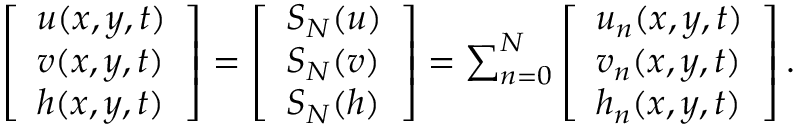
\begin{array} { r } { \left[ \begin{array} { l } { u ( x , y , t ) } \\ { v ( x , y , t ) } \\ { h ( x , y , t ) } \end{array} \right] = \left[ \begin{array} { l } { S _ { N } ( u ) } \\ { S _ { N } ( v ) } \\ { S _ { N } ( h ) } \end{array} \right] = \sum _ { n = 0 } ^ { N } \left[ \begin{array} { l } { u _ { n } ( x , y , t ) } \\ { v _ { n } ( x , y , t ) } \\ { h _ { n } ( x , y , t ) } \end{array} \right] . } \end{array}